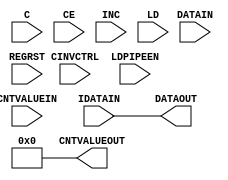
///////////////////////////////////////////////////////////////////////////////
// Copyright (c) 1995/2004 Xilinx, Inc.
// All Right Reserved.
///////////////////////////////////////////////////////////////////////////////
//   ____  ____
//  /   /\/   /
// /___/  \  /    Vendor : Xilinx
// \   \   \/     Version : 10.1
//  \   \         Description : Xilinx Formal Library Component
//  /   /                  Input Fixed or Variable Delay Element.
// /___/   /\     Filename : IDELAYE2.v
// \   \  /  \    Timestamp : Sat Sep 19 14:17:57 PDT 2009
//  \___\/\___\
//
// Revision:
//    09/19/09 - Initial version.
// End Revision

`timescale  1 ps / 1 ps

module IDELAYE2 (CNTVALUEOUT, DATAOUT, C, CE, CINVCTRL, CNTVALUEIN, DATAIN, IDATAIN, INC, LD, LDPIPEEN, REGRST);

    parameter CINVCTRL_SEL = "FALSE";
    parameter DELAY_SRC = "IDATAIN";
    parameter HIGH_PERFORMANCE_MODE    = "FALSE";
    parameter IDELAY_TYPE  = "FIXED";
    parameter integer IDELAY_VALUE = 0;
    parameter PIPE_SEL = "FALSE";
    parameter integer REFCLK_FREQUENCY = 200.0;
    parameter SIGNAL_PATTERN    = "DATA";

    output [4:0] CNTVALUEOUT;
    output DATAOUT;

    input C;
    input CE;
    input CINVCTRL;
    input [4:0] CNTVALUEIN;
    input DATAIN;
    input IDATAIN;
    input INC;
    input LD;
    input LDPIPEEN;
    input REGRST;



    integer  CALC_TAPDELAY ; 
    integer  INIT_DELAY;

//------------------- constants ------------------------------------

    localparam MAX_DELAY_COUNT = 31; 
    localparam MIN_DELAY_COUNT = 0; 

    localparam MAX_REFCLK_FREQUENCYL = 210.0;
    localparam MIN_REFCLK_FREQUENCYL = 190.0;

    localparam MAX_REFCLK_FREQUENCYH = 310.0;
    localparam MIN_REFCLK_FREQUENCYH = 290.0;


//------------------- variable declaration -------------------------

    integer idelay_count;
    integer CNTVALUEIN_INTEGER;
    reg [4:0] cntvalueout_pre;

    

    reg data_mux = 0;
    reg tap_out   = 0;
    reg DATAOUT_reg   = 0;

    wire delay_chain_0,  delay_chain_1,  delay_chain_2,  delay_chain_3,
         delay_chain_4,  delay_chain_5,  delay_chain_6,  delay_chain_7,
         delay_chain_8,  delay_chain_9,  delay_chain_10, delay_chain_11,
         delay_chain_12, delay_chain_13, delay_chain_14, delay_chain_15,
         delay_chain_16, delay_chain_17, delay_chain_18, delay_chain_19,
         delay_chain_20, delay_chain_21, delay_chain_22, delay_chain_23,
         delay_chain_24, delay_chain_25, delay_chain_26, delay_chain_27,
         delay_chain_28, delay_chain_29, delay_chain_30, delay_chain_31;

    reg  c_in;
    wire ce_in;
    wire clkin_in;
    wire [4:0] cntvaluein_in;
    wire datain_in;
    wire idatain_in;
    wire inc_in;
    wire odatain_in;
    wire ld_in;
    wire t_in;
    wire cinvctrl_in;
    wire ldpipeen_in;
    wire regrst_in;

    wire c_in_pre;

   reg [4:0] qcntvalueout_reg = 5'b0;
   reg [4:0] qcntvalueout_mux = 5'b0;


//----------------------------------------------------------------------
//-------------------------------  Output ------------------------------
//----------------------------------------------------------------------
// CR 587496
//    assign #INIT_DELAY DATAOUT = tap_out;
    always @(tap_out)
       DATAOUT_reg <= #INIT_DELAY tap_out;

    assign DATAOUT = DATAOUT_reg;

    assign CNTVALUEOUT = cntvalueout_pre;

//----------------------------------------------------------------------
//-------------------------------  Input -------------------------------
//----------------------------------------------------------------------
    assign c_in_pre = C;
    assign ce_in = CE;
    assign cntvaluein_in = CNTVALUEIN;
    assign inc_in = INC;
    assign ld_in = LD;
    assign ldpipeen_in = LDPIPEEN;
    assign regrst_in = REGRST;

    assign cinvctrl_in = CINVCTRL;
    assign datain_in = DATAIN;
    assign idatain_in = IDATAIN;


//------------------------------------------------------------
//---------------------   Initialization  --------------------
//------------------------------------------------------------

    initial begin

        //-------- CINVCTRL_SEL check

        case (CINVCTRL_SEL)
            "TRUE", "FALSE" : ;
            default : begin
               $display("Attribute Syntax Error : The attribute CINVCTRL_SEL on IDELAYE2 instance %m is set to %s.  Legal values for this attribute are TRUE or FALSE.",  CINVCTRL_SEL);
            end
        endcase

        //-------- DELAY_SRC check

        if (DELAY_SRC != "DATAIN" && DELAY_SRC != "IDATAIN") begin
            $display("Attribute Syntax Error : The attribute DELAY_SRC on IDELAYE2 instance %m is set to %s.  Legal values for this attribute are DATAIN or IDATAIN", DELAY_SRC);
        end



        //-------- HIGH_PERFORMANCE_MODE check

        case (HIGH_PERFORMANCE_MODE)
            "TRUE", "FALSE" : ;
            default : begin
               $display("Attribute Syntax Error : The attribute HIGH_PERFORMANCE_MODE on IDELAYE2 instance %m is set to %s.  Legal values for this attribute are TRUE or FALSE.",  HIGH_PERFORMANCE_MODE);
            end
        endcase


        //-------- IDELAY_TYPE check

        if (IDELAY_TYPE != "FIXED" && IDELAY_TYPE != "VARIABLE" && IDELAY_TYPE != "VAR_LOAD" && IDELAY_TYPE != "VAR_LOAD_PIPE") begin

            $display("Attribute Syntax Error : The attribute IDELAY_TYPE on IDELAYE2 instance %m is set to %s.  Legal values for this attribute are FIXED, VARIABLE, VAR_LOAD or VAR_LOAD_PIPE", IDELAY_TYPE);

        end


        //-------- IDELAY_VALUE check

        if (IDELAY_VALUE < MIN_DELAY_COUNT || IDELAY_VALUE > MAX_DELAY_COUNT) begin
            $display("Attribute Syntax Error : The attribute IDELAY_VALUE on IDELAYE2 instance %m is set to %d.  Legal values for this attribute are 0, 1, 2, 3, .... or 31", IDELAY_VALUE);

        end

        //-------- PIPE_SEL check

        case (PIPE_SEL)
            "TRUE", "FALSE" : ;
            default : begin
               $display("Attribute Syntax Error : The attribute PIPE_SEL on IDELAYE2 instance %m is set to %s.  Legal values for this attribute are TRUE or FALSE.",  PIPE_SEL);
            end
        endcase


        //-------- REFCLK_FREQUENCY check

        if (REFCLK_FREQUENCY < MIN_REFCLK_FREQUENCYL || REFCLK_FREQUENCY > MAX_REFCLK_FREQUENCYH) begin
            $display("Attribute Syntax Error : The attribute REFCLK_FREQUENCY on IDELAYE2 instance %m is set to %f.  Legal values for this attribute are 175.0 to 225.0", REFCLK_FREQUENCY);

        end

        //-------- SIGNAL_PATTERN check

        case (SIGNAL_PATTERN)
            "CLOCK", "DATA" : ;
            default : begin
               $display("Attribute Syntax Error : The attribute SIGNAL_PATTERN on IDELAYE2 instance %m is set to %s.  Legal values for this attribute are DATA or CLOCK.",  SIGNAL_PATTERN);
            end
        endcase


        //-------- CALC_TAPDELAY check

        INIT_DELAY = 600;

    end // initial begin

    // CALC_TAPDELAY value
    initial begin
        if ((REFCLK_FREQUENCY <= MAX_REFCLK_FREQUENCYH) && (REFCLK_FREQUENCY >= MIN_REFCLK_FREQUENCYH))
                begin
                        CALC_TAPDELAY = 52;
                end
        else
                begin
                        CALC_TAPDELAY = 78;
                end
    end

//----------------------------------------------------------------------
//------------------------ Dynamic clock inversion ---------------------
//----------------------------------------------------------------------

//    always @(c_in_pre or cinvctrl_in) begin
//        case (CINVCTRL_SEL)
//                "TRUE" : c_in = (cinvctrl_in ? ~c_in_pre : c_in_pre);
//                "FALSE" : c_in = c_in_pre;
//        endcase
//    end

   generate
      case (CINVCTRL_SEL)
         "TRUE"  : always @(c_in_pre or cinvctrl_in) c_in = (cinvctrl_in ? ~c_in_pre : c_in_pre);
         "FALSE" : always @(c_in_pre) c_in = c_in_pre;
      endcase
   endgenerate

//----------------------------------------------------------------------
//------------------------      CNTVALUEOUT        ---------------------
//----------------------------------------------------------------------
    always @(idelay_count) begin
//  Fixed CNTVALUEOUT for when in FIXED mode because of simprim. 
       if(IDELAY_TYPE != "FIXED")
           cntvalueout_pre = idelay_count;
       else
           cntvalueout_pre = IDELAY_VALUE;
    end

//----------------------------------------------------------------------
//--------------------------  CNTVALUEIN LOAD --------------------------
//----------------------------------------------------------------------
    always @(posedge c_in) begin
       if (regrst_in == 1'b1) 
              qcntvalueout_reg = 5'b0;
       else if (regrst_in == 1'b0 && ldpipeen_in == 1'b1) begin
              qcntvalueout_reg =  CNTVALUEIN_INTEGER;
       end 
    end  // always @(posedge c_in)

   generate
      case (PIPE_SEL)
         "TRUE"  : always @(qcntvalueout_reg) qcntvalueout_mux   <= qcntvalueout_reg;
         "FALSE" : always @(CNTVALUEIN_INTEGER) qcntvalueout_mux   <= CNTVALUEIN_INTEGER;
      endcase
    endgenerate

//----------------------------------------------------------------------
//--------------------------  IDELAY_COUNT  ----------------------------
//----------------------------------------------------------------------
    always @(posedge c_in) begin

        if (IDELAY_TYPE == "VARIABLE" | IDELAY_TYPE == "VAR_LOAD" | IDELAY_TYPE == "VAR_LOAD_PIPE") begin
            if (ld_in == 1'b1) begin
                case (IDELAY_TYPE)
                        "VARIABLE" : idelay_count = IDELAY_VALUE;
                        "VAR_LOAD", "VAR_LOAD_PIPE" : idelay_count = qcntvalueout_mux;
                endcase
            end
            else if (ld_in == 1'b0 && ce_in == 1'b1) begin
                if (inc_in == 1'b1) begin
                    case (IDELAY_TYPE)
                        "VARIABLE", "VAR_LOAD", "VAR_LOAD_PIPE" : begin
                                        if (idelay_count < MAX_DELAY_COUNT)
                                          idelay_count = idelay_count + 1;
                                        else if (idelay_count == MAX_DELAY_COUNT)
                                          idelay_count = MIN_DELAY_COUNT;
                                     end
                    endcase
                end
                else if (inc_in == 1'b0) begin
                    case (IDELAY_TYPE)
                        "VARIABLE", "VAR_LOAD", "VAR_LOAD_PIPE" : begin
                                        if (idelay_count >  MIN_DELAY_COUNT)
                                          idelay_count = idelay_count - 1;
                                        else if (idelay_count == MIN_DELAY_COUNT)
                                          idelay_count = MAX_DELAY_COUNT;
                                     end
                    endcase
                end
            end
        end //
    end // always @ (posedge c_in)
  
    always @(cntvaluein_in ) begin
                case (cntvaluein_in)
                        5'b00000 :  CNTVALUEIN_INTEGER = 0;
                        5'b00001 :  CNTVALUEIN_INTEGER = 1;
                        5'b00010 :  CNTVALUEIN_INTEGER = 2;
                        5'b00011 :  CNTVALUEIN_INTEGER = 3;
                        5'b00100 :  CNTVALUEIN_INTEGER = 4;
                        5'b00101 :  CNTVALUEIN_INTEGER = 5;
                        5'b00110 :  CNTVALUEIN_INTEGER = 6;
                        5'b00111 :  CNTVALUEIN_INTEGER = 7;
                        5'b01000 :  CNTVALUEIN_INTEGER = 8;
                        5'b01001 :  CNTVALUEIN_INTEGER = 9;
                        5'b01010 :  CNTVALUEIN_INTEGER = 10;
                        5'b01011 :  CNTVALUEIN_INTEGER = 11;
                        5'b01100 :  CNTVALUEIN_INTEGER = 12;
                        5'b01101 :  CNTVALUEIN_INTEGER = 13;
                        5'b01110 :  CNTVALUEIN_INTEGER = 14;
                        5'b01111 :  CNTVALUEIN_INTEGER = 15;
                        5'b10000 :  CNTVALUEIN_INTEGER = 16;
                        5'b10001 :  CNTVALUEIN_INTEGER = 17;
                        5'b10010 :  CNTVALUEIN_INTEGER = 18;
                        5'b10011 :  CNTVALUEIN_INTEGER = 19;
                        5'b10100 :  CNTVALUEIN_INTEGER = 20;
                        5'b10101 :  CNTVALUEIN_INTEGER = 21;
                        5'b10110 :  CNTVALUEIN_INTEGER = 22;
                        5'b10111 :  CNTVALUEIN_INTEGER = 23;
                        5'b11000 :  CNTVALUEIN_INTEGER = 24;
                        5'b11001 :  CNTVALUEIN_INTEGER = 25;
                        5'b11010 :  CNTVALUEIN_INTEGER = 26;
                        5'b11011 :  CNTVALUEIN_INTEGER = 27;
                        5'b11100 :  CNTVALUEIN_INTEGER = 28;
                        5'b11101 :  CNTVALUEIN_INTEGER = 29;
                        5'b11110 :  CNTVALUEIN_INTEGER = 30;
                        5'b11111 :  CNTVALUEIN_INTEGER = 31;
                endcase
    end

 
//*********************************************************
//*** SELECT IDATA signal
//*********************************************************

    always @(datain_in or idatain_in) begin

        case (DELAY_SRC)

            "IDATAIN" : begin
                         data_mux <= idatain_in;
                        end
            "DATAIN" : begin
                         data_mux <= datain_in;
                       end
        endcase // case(DELAY_SRC)

    end // always @(datain_in or idatain_in)

//*********************************************************
//*** DELAY IDATA signal
//*********************************************************
    assign                delay_chain_0  = data_mux;
    assign #CALC_TAPDELAY delay_chain_1  = delay_chain_0;
    assign #CALC_TAPDELAY delay_chain_2  = delay_chain_1;
    assign #CALC_TAPDELAY delay_chain_3  = delay_chain_2;
    assign #CALC_TAPDELAY delay_chain_4  = delay_chain_3;
    assign #CALC_TAPDELAY delay_chain_5  = delay_chain_4;
    assign #CALC_TAPDELAY delay_chain_6  = delay_chain_5;
    assign #CALC_TAPDELAY delay_chain_7  = delay_chain_6;
    assign #CALC_TAPDELAY delay_chain_8  = delay_chain_7;
    assign #CALC_TAPDELAY delay_chain_9  = delay_chain_8;
    assign #CALC_TAPDELAY delay_chain_10 = delay_chain_9;
    assign #CALC_TAPDELAY delay_chain_11 = delay_chain_10;
    assign #CALC_TAPDELAY delay_chain_12 = delay_chain_11;
    assign #CALC_TAPDELAY delay_chain_13 = delay_chain_12;
    assign #CALC_TAPDELAY delay_chain_14 = delay_chain_13;
    assign #CALC_TAPDELAY delay_chain_15 = delay_chain_14;
    assign #CALC_TAPDELAY delay_chain_16 = delay_chain_15;
    assign #CALC_TAPDELAY delay_chain_17 = delay_chain_16;
    assign #CALC_TAPDELAY delay_chain_18 = delay_chain_17;
    assign #CALC_TAPDELAY delay_chain_19 = delay_chain_18;
    assign #CALC_TAPDELAY delay_chain_20 = delay_chain_19;
    assign #CALC_TAPDELAY delay_chain_21 = delay_chain_20;
    assign #CALC_TAPDELAY delay_chain_22 = delay_chain_21;
    assign #CALC_TAPDELAY delay_chain_23 = delay_chain_22;
    assign #CALC_TAPDELAY delay_chain_24 = delay_chain_23;
    assign #CALC_TAPDELAY delay_chain_25 = delay_chain_24;
    assign #CALC_TAPDELAY delay_chain_26 = delay_chain_25;
    assign #CALC_TAPDELAY delay_chain_27 = delay_chain_26;
    assign #CALC_TAPDELAY delay_chain_28 = delay_chain_27;
    assign #CALC_TAPDELAY delay_chain_29 = delay_chain_28;
    assign #CALC_TAPDELAY delay_chain_30 = delay_chain_29;
    assign #CALC_TAPDELAY delay_chain_31 = delay_chain_30;

//*********************************************************
//*** assign delay
//*********************************************************
    always @(idelay_count,delay_chain_0, delay_chain_1, delay_chain_2, delay_chain_3, delay_chain_4, delay_chain_5, delay_chain_6, delay_chain_7, delay_chain_8, delay_chain_9, delay_chain_10, delay_chain_11, delay_chain_12, delay_chain_13, delay_chain_14, delay_chain_15, delay_chain_16, delay_chain_17, delay_chain_18, delay_chain_19, delay_chain_20, delay_chain_21, delay_chain_22, delay_chain_23, delay_chain_24, delay_chain_25, delay_chain_26, delay_chain_27, delay_chain_28, delay_chain_29, delay_chain_30, delay_chain_31 ) begin
        case (idelay_count)
            0:   tap_out = delay_chain_0;
            1:   tap_out = delay_chain_1;
            2:   tap_out = delay_chain_2;
            3:   tap_out = delay_chain_3;
            4:   tap_out = delay_chain_4;
            5:   tap_out = delay_chain_5;
            6:   tap_out = delay_chain_6;
            7:   tap_out = delay_chain_7;
            8:   tap_out = delay_chain_8;
            9:   tap_out = delay_chain_9;
            10:  tap_out = delay_chain_10;
            11:  tap_out = delay_chain_11;
            12:  tap_out = delay_chain_12;
            13:  tap_out = delay_chain_13;
            14:  tap_out = delay_chain_14;
            15:  tap_out = delay_chain_15;
            16:  tap_out = delay_chain_16;
            17:  tap_out = delay_chain_17;
            18:  tap_out = delay_chain_18;
            19:  tap_out = delay_chain_19;
            20:  tap_out = delay_chain_20;
            21:  tap_out = delay_chain_21;
            22:  tap_out = delay_chain_22;
            23:  tap_out = delay_chain_23;
            24:  tap_out = delay_chain_24;
            25:  tap_out = delay_chain_25;
            26:  tap_out = delay_chain_26;
            27:  tap_out = delay_chain_27;
            28:  tap_out = delay_chain_28;
            29:  tap_out = delay_chain_29;
            30:  tap_out = delay_chain_30;
            31:  tap_out = delay_chain_31;
            default:
                tap_out = delay_chain_0;
        endcase
    end // always @ (idelay_count)


endmodule // IDELAYE2